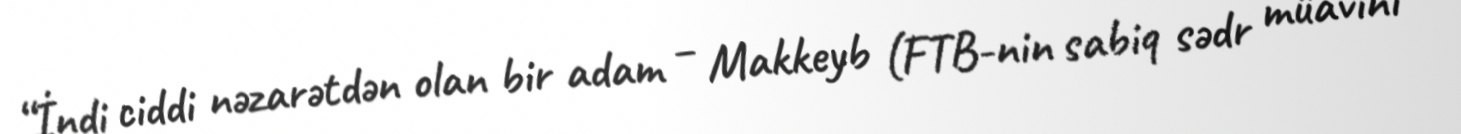
“İndi ciddi nəzarətdən olan bir adam – Makkeyb (FTB-nin sabiq sədr müavini